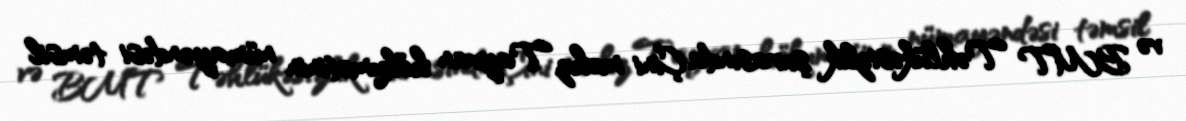
və BMT Təhlükəsizlik şurasında Çini məhz Tayvan hökumətinin nümayəndəsi təmsil